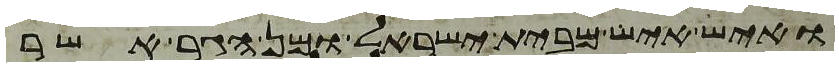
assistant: ואיש איש מבית ישראל ומן הגר אשר